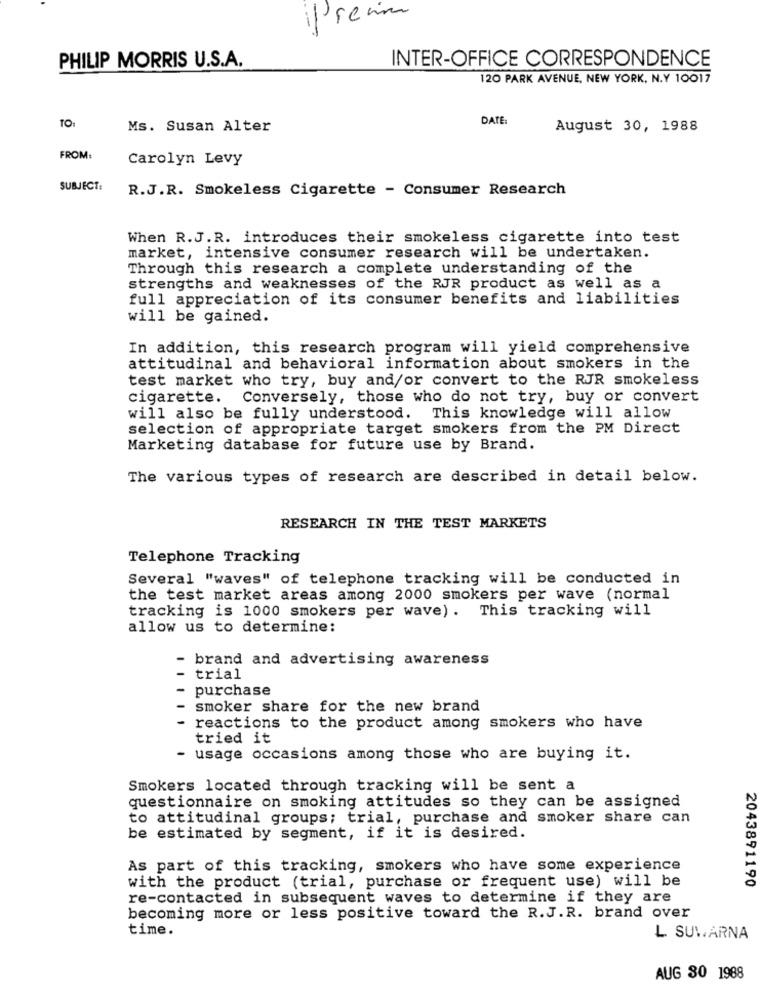
iPremi
INTER-OFFICE CORRESPONDENCE
PHILIP MORRIS U.S.A.
120 PARK AVENUE, NEW YORK, N.Y 10017
DATE:
TOI
Ms. Susan Alter
August 30, 1988
FROM:
Carolyn Levy
SUBJECT:
R.J.R. Smokeless Cigarette - Consumer Research
When R.J.R. introduces their smokeless cigarette into test
market, intensive consumer research will be undertaken.
Through this research a complete understanding of the
strengths and weaknesses of the RJR product as well as a
full appreciation of its consumer benefits and liabilities
will be gained.
In addition, this research program will yield comprehensive
attitudinal and behavioral information about smokers in the
test market who try, buy and/or convert to the RJR smokeless
cigarette.
Conversely, those who do not try, buy or convert
will also be fully understood. This knowledge will allow
selection of appropriate target smokers from the PM Direct
Marketing database for future use by Brand.
The various types of research are described in detail below.
RESEARCH IN THE TEST MARKETS
Telephone Tracking
Several "waves" of telephone tracking will be conducted in
the test market areas among 2000 smokers per wave (normal
tracking is 1000 smokers per wave). This tracking will
allow us to determine:
- brand and advertising awareness
trial
purchase
smoker share for the new brand
reactions to the product among smokers who have
tried it
- usage occasions among those who are buying it.
Smokers located through tracking will be sent a
questionnaire on smoking attitudes so they can be assigned
to attitudinal groups; trial, purchase and smoker share can
be estimated by segment, if it is desired.
As part of this tracking, smokers who have some experience
with the product (trial, purchase or frequent use) will be
2043891190
re-contacted in subsequent waves to determine if they are
becoming more or less positive toward the R.J.R. brand over
time.
L SUVARNA
AUG 30 1988